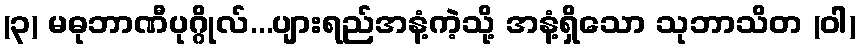
(၃) မဓုဘာဏီပုဂ္ဂိုလ်...ပျားရည်အနံ့ကဲ့သို့ အနံ့ရှိသော သုဘာသိတ (ဝါ)